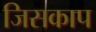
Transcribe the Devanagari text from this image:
जिसकाप